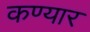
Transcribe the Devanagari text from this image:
कण्यार